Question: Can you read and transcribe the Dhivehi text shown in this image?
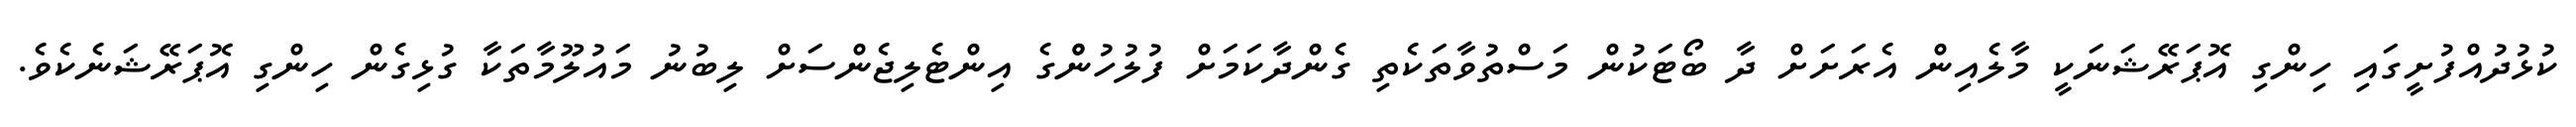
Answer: ކުޅުދުއްފުށީގައި ހިންގި އޮޕަރޭޝަނަކީ މާލެއިން އެރަށަށް ދާ ބޯޓަކުން މަސްތުވާތަކެތި ގެންދާކަމަށް ފުލުހުންްގެ އިންޓެލިޖެންސަށް ލިބުނު މައުލޫމާތަކާ ގުޅިގެން ހިންގި އޮޕަރޭޝަނެކެވެ.